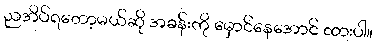
ညအိပ်ရတော့မယ်ဆို အခန်းကို မှောင်နေအောင် ထားပါ။